Veterinary regulations India, 1925 -
Year: 1925
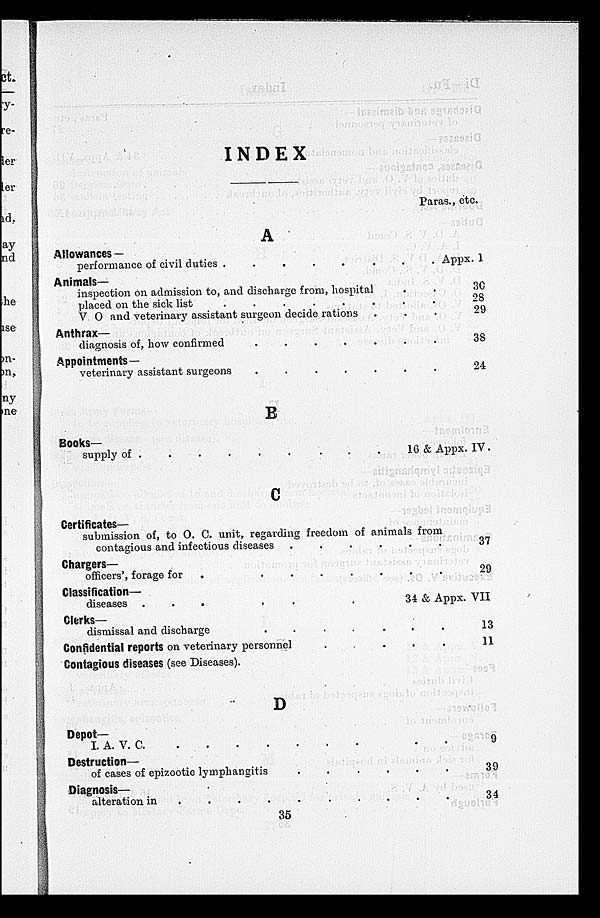
INDEX
A
Allowances —
performance of civil duties .
.
.
.
.
. . . .
Animals—
inspection on admission to, and discharge from, hospital . . .
placed on the sick list . . . . . . . . .
V O and veterinary assistant surgeon decide rations . . . .
Anthrax—
diagnosis of, how confirmed . . . . . . . . .
Appointments—
veterinary assistant surgeons . . . . . . . . .
B
Books—
supply of . . . . . . . . .
C
Certificates—
submission of, to O. C. unit, regarding freedom of animals from
contagious and infectious diseases . . . . . . . . .
Chargers—
officers', forage for
mals
from
Classification—
diseases . . . . . . . . .
Clerks—
dismissal and discharge . . . . . . . . .
Confidential reports on veterinary personnel . . . . . . . . .
Contagious diseases (see Diseases).
D
Depot—
I. A. V.
C.
.
.
.
.
.
.
.
.
.
Destruction—
of cases of epizootic lymphangitis . . . . . . . . .
Diagnosis—
alteration in . . . . . . . . .
Paras., etc.
Appx. 1
30
28
29
38
24
16 & Appx. IV.
37
29
34 & Appx. VII
13
11
9
39
34
35